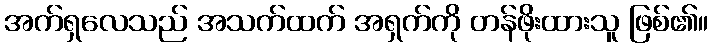
အက်ရှလေသည် အသက်ထက် အရှက်ကို တန်ဖိုးထားသူ ဖြစ်၏။